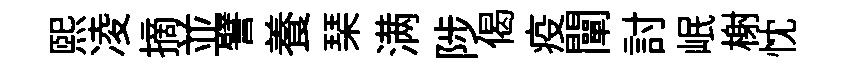
煕凌摘並譬養琹满陟偈疫闡討岷榭忱